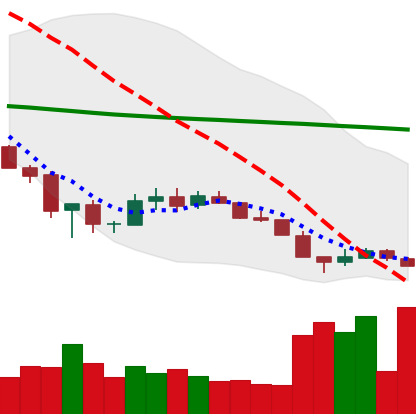
Ticker: XLM-USD
Chart end date: 2018-12-11
Forward return: -14.674%
Label: down_7plus